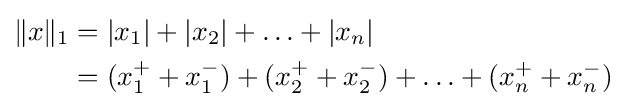
{\begin{aligned}\|x\|_{1}&=|x_{1}|+|x_{2}|+\ldots +|x_{n}|\\&=(x_{1}^{+}+x_{1}^{-})+(x_{2}^{+}+x_{2}^{-})+\ldots +(x_{n}^{+}+x_{n}^{-})\end{aligned}}